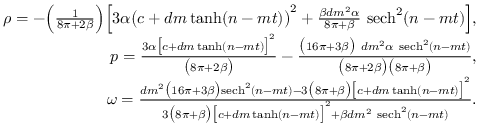
\begin{array} { r l r } & { } & { \rho = - \Big ( \frac { 1 } { 8 \pi + 2 \beta } \Big ) \Big [ 3 \alpha \big ( c + d m \operatorname { t a n h } ( n - m t ) \big ) ^ { 2 } + \frac { \beta d m ^ { 2 } \alpha } { 8 \pi + \beta } ~ \mathrm { s e c h } ^ { 2 } ( n - m t ) \Big ] , } \\ & { } & { p = \frac { 3 \alpha \big [ c + d m \operatorname { t a n h } ( n - m t ) \big ] ^ { 2 } } { \big ( 8 \pi + 2 \beta \big ) } - \frac { \big ( 1 6 \pi + 3 \beta \big ) ~ d m ^ { 2 } \alpha ~ \mathrm { s e c h } ^ { 2 } ( n - m t ) } { \big ( 8 \pi + 2 \beta \big ) \big ( 8 \pi + \beta \big ) } , } \\ & { } & { \omega = \frac { d m ^ { 2 } \big ( 1 6 \pi + 3 \beta \big ) \mathrm { s e c h } ^ { 2 } ( n - m t ) - 3 \big ( 8 \pi + \beta \big ) \big [ c + d m \operatorname { t a n h } ( n - m t ) \big ] ^ { 2 } } { 3 \big ( 8 \pi + \beta \big ) \big [ c + d m \operatorname { t a n h } ( n - m t ) \big ] ^ { 2 } + \beta d m ^ { 2 } ~ \mathrm { s e c h } ^ { 2 } ( n - m t ) } . } \end{array}